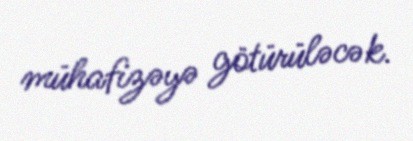
mühafizəyə götürüləcək.